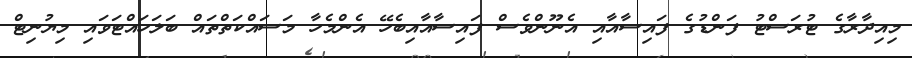
މިއިދާރާގެ ޓުރަސްޓު ފަންޑުގެ ފައިސާއާއި އެނޫންވެސް ފައިސާއާއިބެހޭ އެންމެހާ މަސައްކަތްތައް ބަލަހައްޓަވައި މިޔުނިޓް